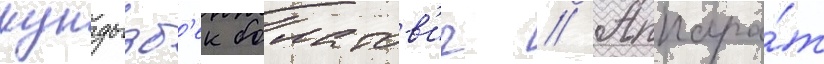
кундызб'ек болатов'ич // Аппара́т